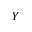
Y